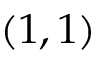
( 1 , 1 )